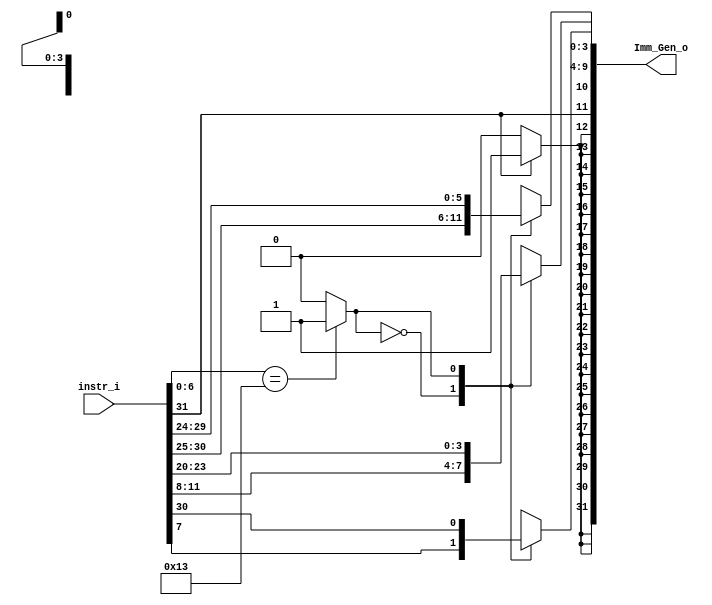
/***************************************************
Student Name: 
Student ID: 
***************************************************/

`timescale 1ns/1ps

module Imm_Gen(
	input  [31:0] instr_i,
	output [31:0] Imm_Gen_o
	);

/* Write your code HERE */
reg [31:0] Imm_Gen;
wire Type;
integer i;
assign Type =( instr_i[6:0]==7'b0010011) ? 1 : 0; //I-type: opcode = 0010011 => Type=1 
					          //B-type: opcode = 1100011 => Type=0

always@(*)begin
  case (Type)
    0: begin //B-type
       Imm_Gen[3:0] = instr_i[11:8];  
       Imm_Gen[9:4] = instr_i[30:25];
       Imm_Gen[10]  = instr_i[7];
       Imm_Gen[11]  = instr_i[31];
       end
    1: begin //I-type
       Imm_Gen[11:0] = instr_i[31:20];
       end
  endcase
  for(i=12; i<32; i=i+1)
    if(instr_i[31]==0)
      Imm_Gen[i] = 0; //immd>0
    else
      Imm_Gen[i] = 1; //immd<0
end

assign Imm_Gen_o = Imm_Gen;

endmodule